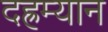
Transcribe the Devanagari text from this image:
दह्रम्यान